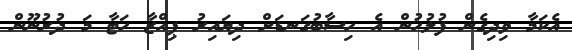
އެކަމާ ވިދިގެން ފުލުހުން އެ ހިސާބުގަނޑަށް ދިޔައިރު ޕިއްޒާ ހަޓާ މަ ދުރުނޫން